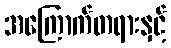
အကြောက်တရားနှင့်